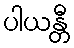
ပါယန္တီ